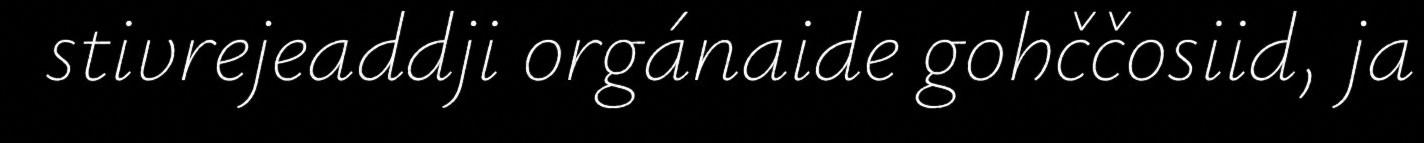
stivrejeaddji orgánaide gohččosiid, ja